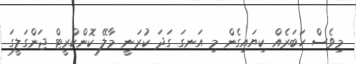
މިވެސް ހަބަރެއް ކިޔައިގެން މި އަނގަ ގަދަ ކުރަނީ މާލޭ ކޮންކްރީޓް ޖަންގަލީގަ